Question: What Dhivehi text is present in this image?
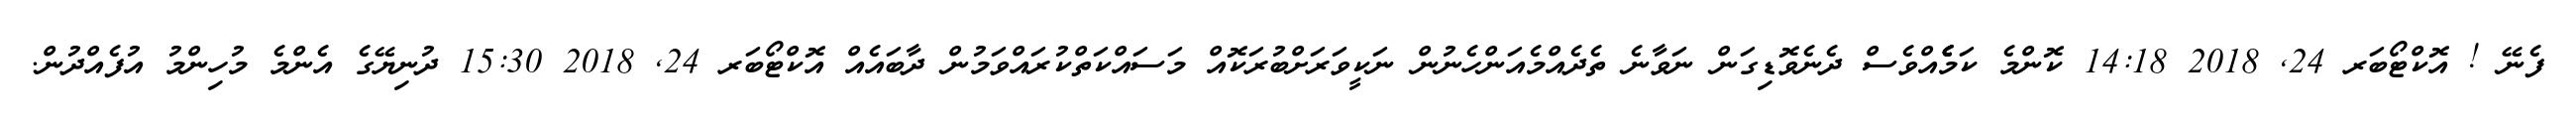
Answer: ފެނޭ ! އޮކްޓޯބަރ 24, 2018 14:18 ކޮންމެ ކަމެެެެއްވެސް ދެނެވޮޑިގަން ނަވާނެ ތެދެއްމެއަންހެނުން ނަކީވަރަށްބުރަކޮއް މަސައްކަތްކުރައްވަމުން ދާބައެއް އޮކްޓޯބަރ 24, 2018 15:30 ދުނިޔޭގެ އެންމެ މުހިންމު އުފެއްދުން.